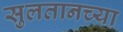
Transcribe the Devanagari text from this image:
सुलतानच्या